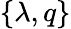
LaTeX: \{ \lambda,q\}